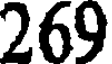
269